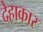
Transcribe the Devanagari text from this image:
देहाकार